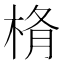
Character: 𣒥